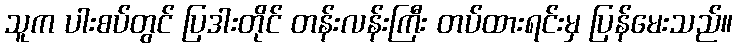
သူက ပါးစပ်တွင် ပြဒါးတိုင် တန်းလန်းကြီး တပ်ထားရင်းမှ ပြန်မေးသည်။